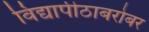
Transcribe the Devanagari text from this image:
विद्यापीठाबरोबर